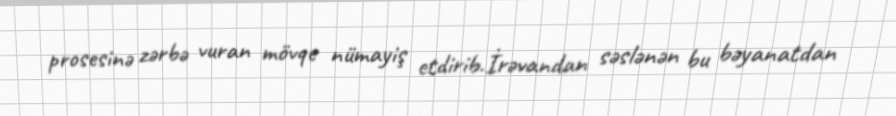
prosesinə zərbə vuran mövqe nümayiş etdirib.İrəvandan səslənən bu bəyanatdan